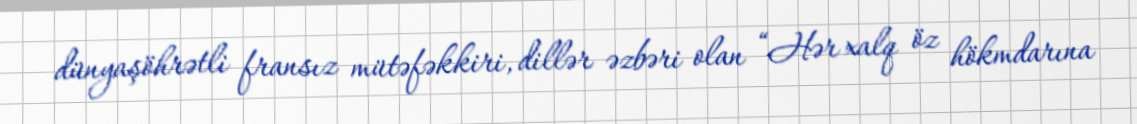
dünyaşöhrətli fransız mütəfəkkiri, dillər əzbəri olan “Hər xalq öz hökmdarına